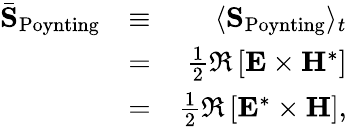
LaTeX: \begin{array}{rlr}{\bar{\mathbf S}_{\mathrm{Poynting}}}&{\equiv}&{\langle{\mathbf S}_{\mathrm{Poynting}}\rangle_{t}}\\ &{=}&{\frac{1}{2}\Re\left[{\mathbf E}\times{\mathbf H}^{*}\right]}\\ &{=}&{\frac{1}{2}\Re\left[{\mathbf E}^{*}\times{\mathbf H}\right],}\end{array}